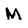
Character: M